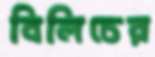
বিলিচের